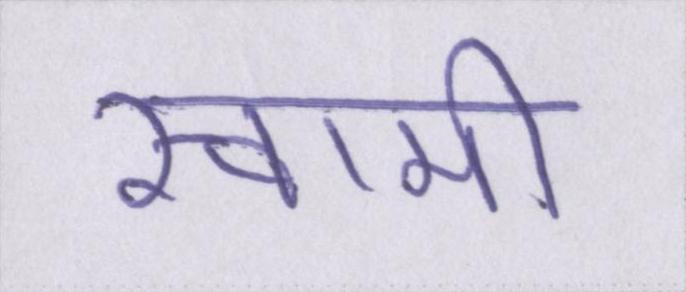
स्वामी